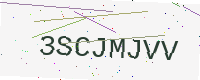
Text: 3SCJMJVV